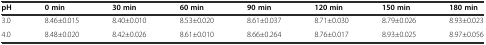
| pH | 0 min | 30 min | 60 min | 90 min | 120 min | 150 min | 180 min |
 | --- | --- | --- | --- | --- | --- | --- | --- |
 | 3.0 | 8.46±0.015 | 8.40±0.010 | 8.53±0.020 | 8.61±0.037 | 8.71±0.030 | 8.79±0.026 | 8.93±0.023 |
 | 4.0 | 8.48±0.020 | 8.42±0.026 | 8.61±0.010 | 8.66±0.264 | 8.76±0.017 | 8.93±0.025 | 8.97±0.056 |